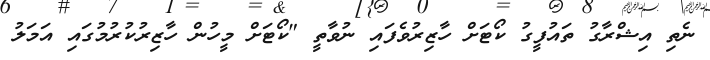
ނެތި އިޝްރާގު ތައުފީގު ކޯޓަށް ހާޒިރުވެފައި ނުވާތީ "ކޯޓަށް މީހުން ހާޒިރުކުރުމުގައި އަމަލު